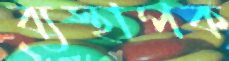
ব্যস্থাপক